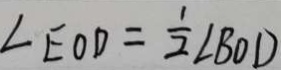
\angle E O D = \frac { 1 } { 2 } \angle B O D